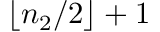
\lfloor n _ { 2 } / 2 \rfloor + 1